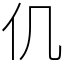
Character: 仉